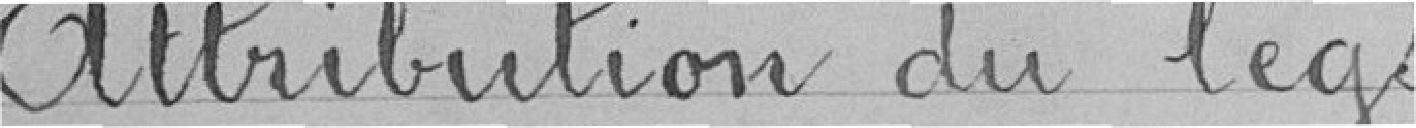
Attribution du legs